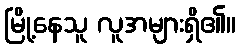
မြို့နေသူ လူအများရှိ၏။